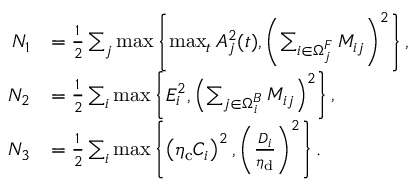
\begin{array} { r l } { N _ { 1 } } & { = \frac { 1 } { 2 } \sum _ { j } \operatorname* { m a x } \left\{ \operatorname* { m a x } _ { t } A _ { j } ^ { 2 } ( t ) , \left( \sum _ { i \in \Omega _ { j } ^ { F } } M _ { i j } \right) ^ { 2 } \right\} , } \\ { N _ { 2 } } & { = \frac { 1 } { 2 } \sum _ { i } \operatorname* { m a x } \left\{ E _ { i } ^ { 2 } , \left( \sum _ { j \in \Omega _ { i } ^ { B } } M _ { i j } \right) ^ { 2 } \right\} , } \\ { N _ { 3 } } & { = \frac { 1 } { 2 } \sum _ { i } \operatorname* { m a x } \left\{ \left( \eta _ { \mathrm { c } } C _ { i } \right) ^ { 2 } , \left( \frac { D _ { i } } { \eta _ { \mathrm { d } } } \right) ^ { 2 } \right\} . } \end{array}